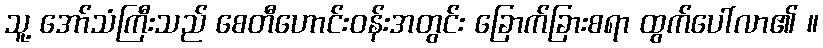
သူ့ အော်သံကြီးသည် စေတီဟောင်းဝန်းအတွင်း ခြောက်ခြားစရာ ထွက်ပေါ်လာ၏ ။